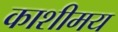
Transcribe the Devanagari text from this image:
काशीमय